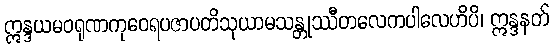
ဣန္ဒယမဝရုဏကုဝေရပဇာပတိသုယာမသန္တုဿီတလေကပါလေဟိပိ၊ ဣန္ဒနတ်